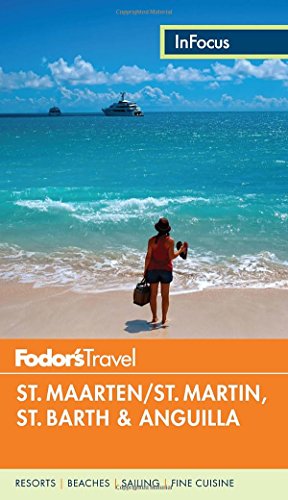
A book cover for Fodor's In Focus St. Maarten/St. Martin, St. Barth & Anguilla (Full-color Travel Guide); Fodor's; Travel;